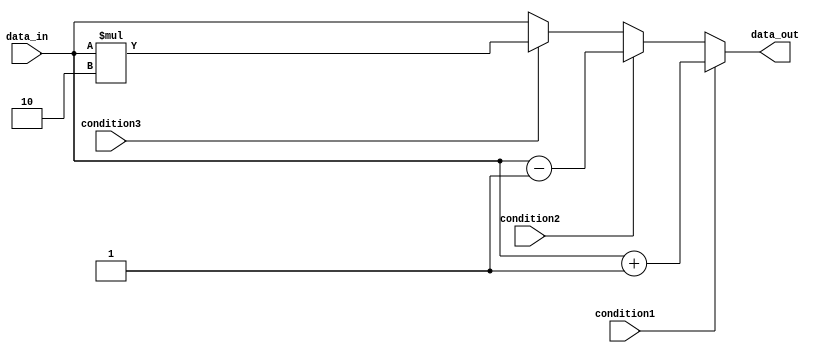
module if_else_example (
    input wire condition1,
    input wire condition2,
    input wire condition3,
    input wire data_in,
    output wire data_out
);

    reg data_out;

    always @(*) begin
        if (condition1) begin
            data_out = data_in + 1;
        end else if (condition2) begin
            data_out = data_in - 1;
        end else if (condition3) begin
            data_out = data_in * 2;
        end else begin
            data_out = data_in;
        end
    end

endmodule